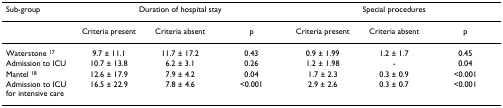
<table><thead><tr><td><b>Sub-group</b></td><td colspan="3"><b>Duration of hospital stay</b></td><td colspan="3"><b>Special procedures</b></td></tr></thead><tbody><tr><td></td><td>Criteria present</td><td>Criteria absent</td><td>p</td><td>Criteria present</td><td>Criteria absent</td><td>p</td></tr><tr><td>Waterstone <sup>17</sup></td><td>9.7 ± 11.1</td><td>11.7 ± 17.2</td><td>0.43</td><td>0.9 ± 1.99</td><td>1.2 ± 1.7</td><td>0.45</td></tr><tr><td>Admission to ICU</td><td>10.7 ± 13.8</td><td>6.2 ± 3.1</td><td>0.26</td><td>1.2 ± 1.98</td><td>-</td><td>0.04</td></tr><tr><td>Mantel <sup>18</sup></td><td>12.6 ± 17.9</td><td>7.9 ± 4.2</td><td>0.04</td><td>1.7 ± 2.3</td><td>0.3 ± 0.9</td><td>&lt;0.001</td></tr><tr><td>Admission to ICU for intensive care</td><td>16.5 ± 22.9</td><td>7.8 ± 4.6</td><td>&lt;0.001</td><td>2.9 ± 2.6</td><td>0.3 ± 0.7</td><td>&lt;0.001</td></tr></tbody></table>